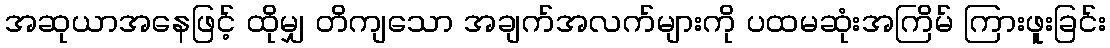
အဆုယာအနေဖြင့် ထိုမျှ တိကျသော အချက်အလက်များကို ပထမဆုံးအကြိမ် ကြားဖူးခြင်း